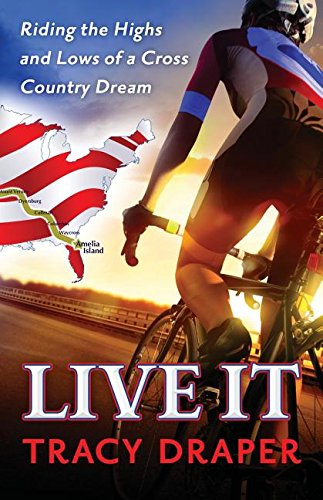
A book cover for Live It: Riding the Highs and Lows of a Cross Country Dream; Tracy Draper; Travel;